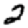
Digit: 2